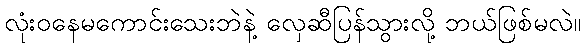
လုံးဝနေမကောင်းသေးဘဲနဲ့ လှေဆီပြန်သွားလို့ ဘယ်ဖြစ်မလဲ။